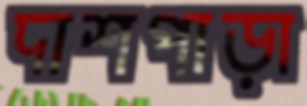
দাশপাড়া